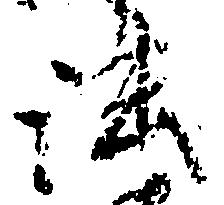
法